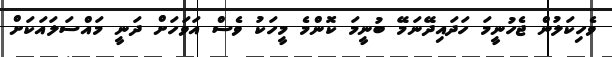
ވެހިކަލުން ޖެހުނީމަ ހަދައިދޭނަމޭ ބުނީމަ ކޮންމެ މީހަކު ވެސް އަވަހަށް ދަނީ މައްސަލައަކަށް